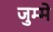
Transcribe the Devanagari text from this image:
जुम्मे